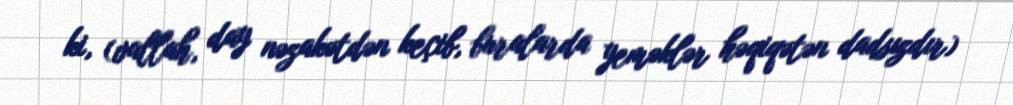
ki, (vallah, day nəzakətdən keçib, buralarda yeməklər həqiqətən dadsızdır)